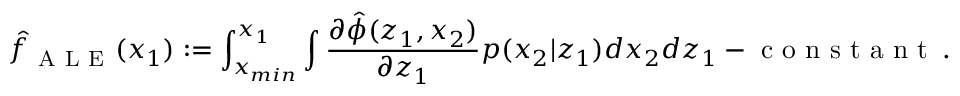
\hat { f } _ { \mathrm { ~ A ~ L ~ E ~ } } ( x _ { 1 } ) : = \int _ { x _ { m i n } } ^ { x _ { 1 } } \int \frac { \partial \hat { \phi } ( z _ { 1 } , x _ { 2 } ) } { \partial z _ { 1 } } p ( x _ { 2 } | z _ { 1 } ) d x _ { 2 } d z _ { 1 } - \mathrm { ~ c ~ o ~ n ~ s ~ t ~ a ~ n ~ t ~ } \, .